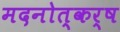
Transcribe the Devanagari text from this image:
मदनोत्कर्ष